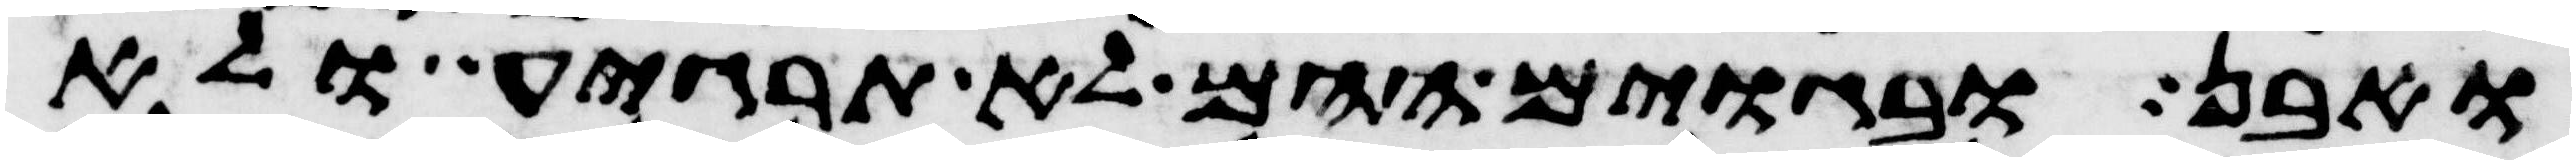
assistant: ואבן ובגוים ההם לא תרגיע ולא